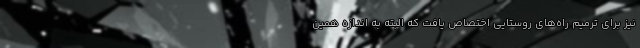
نیز برای ترمیم راه‌های روستایی اختصاص یافت که البته به اندازه همین